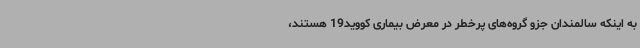
به اینکه سالمندان جزو گروه‌های پرخطر در معرض بیماری کووید19 هستند،